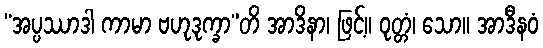
“အပ္ပဿာဒါ ကာမာ ဗဟုဒုက္ခာ”တိ အာဒိနာ၊ ဖြင့်။ ဝုတ္တံ၊ သော။ အာဒီနဝံ